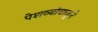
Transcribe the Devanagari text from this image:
पेशव्यांबाजूने